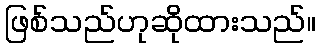
ဖြစ်သည်ဟုဆိုထားသည်။